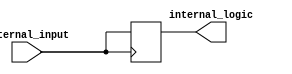
module IO_Buffer(
    input wire external_input,
    output wire internal_logic
);

reg internal_register;

always @(posedge external_input) begin
    internal_register <= external_input;
end

assign internal_logic = internal_register;

endmodule